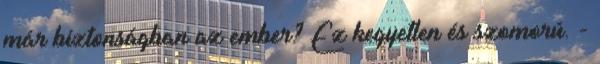
már biztonságban az ember? Ez kegyetlen és szomorú. -